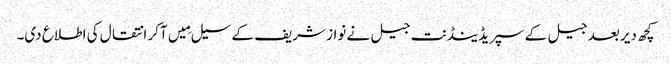
کچھ دیر بعد جیل کے سپریڈینڈنت جیل نے نواز شریف کے سیل مِیں آکر انتقال کی اطلاع دی۔